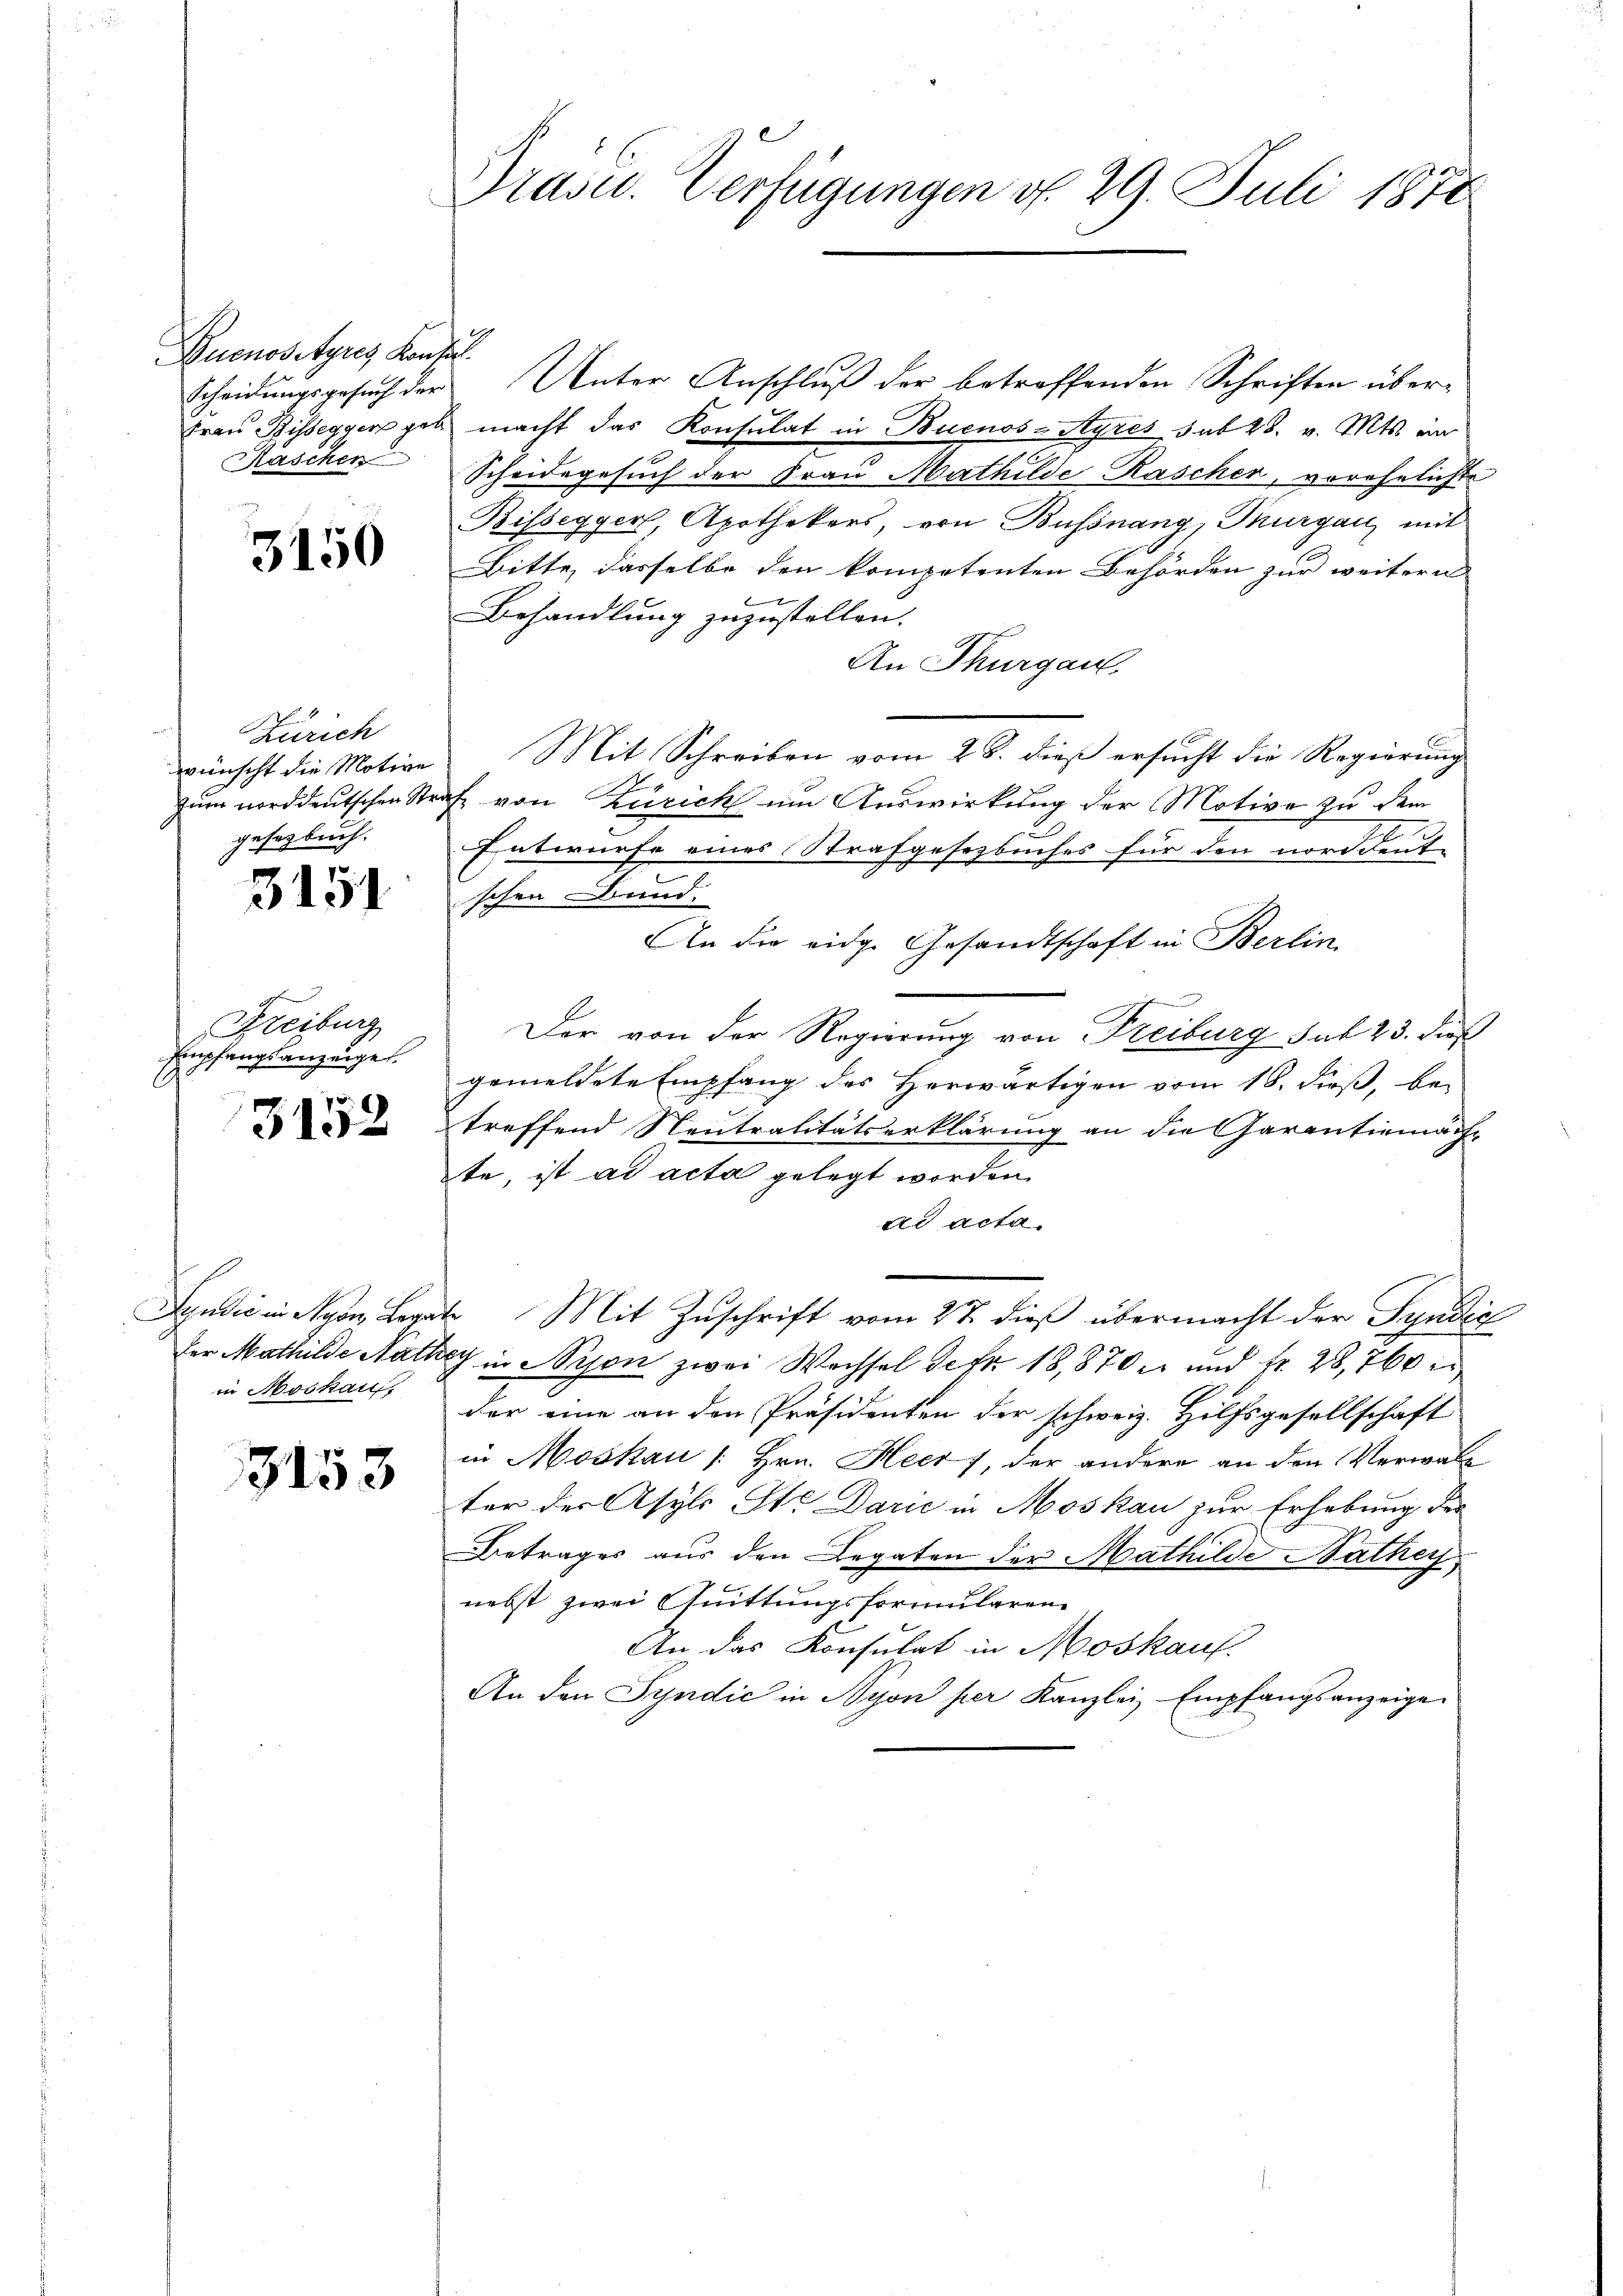
Buenosstyres Konsul
Kaschen

3150

Zürich
wünscht die Motive
zum norddeutschen Str
gesetzbuch.
3151

Freiburg
Empfangsanzeige.

3152

in Moskau

3153

Präsid. Verfügungen d. 29. Juli 1878

Scheidungsgesuch der Unter Anschluß der betreffenden Schriften über¬
Frau Rissegger gab macht das Konsulat in Buenos-Ayres sub 28. v. Mts. ein
Scheidegesuch der Frau Mathilde Kascher, vorehelichte
Bissegger, Apothekers, von Bussnang, Thurgau, mit
Bitte, dasselbe den kompetenten Behörden zur weitern
Behandlung zuzustellen.
An Thurgau
Mit Schreiben vom 28. dieß ersucht die Regierung
af von Zürich um Auswirkung der Motive zu dem
Entwürfe eines Strafgesetzbuches für den norddeut-
schon und
An die eidg. Gesandtschaft in Berlin
Der von der Regierung von Freiburg sub 23. dieß
gemeldete Empfang des Herwärtigen vom 18. dieß, be-
treffend Neutralitätserklärung an die Garantiemäch-
te, ist ad acta gelegt worden.
ad acta.
Syndić in Nyon Legate Mit Zuschrift vom 27. dieß übermacht der Syndic
Der Mathilde Nathey in Nyon zwei Wechsel defr. 18,870 und Fr. 28,760
der eine an den Präsidenten der schweiz. Hilfsgesellschaft
in Moskau [Hrn. Heer, der andere an den Verwalt
ter der Asyls Ste Darić in Moskau zur Erhebung der
Betrages aus den Legaten der Mathilde Nathey
nebst zwei Quittungsformularen
An das Konsulat in Moskauf.
An den Syndić in Nyon per Kanzlei Empfangsanzeige